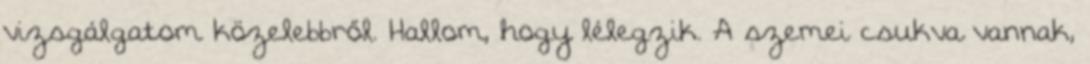
vizsgálgatom közelebbről. Hallom, hogy lélegzik. A szemei csukva vannak,